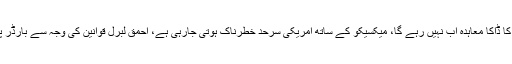
امریکی صدر نے کہا کہ امیگرنٹس کا ڈاکا معاہدہ اب نہیں رہے گا، میکسیکو کے ساتھ امریکی سرحد خطرناک ہوتی جارہی ہے، احمق لبرل قوانین کی وجہ سے بارڈر پیٹرول ایجنٹ کام نہیں کرپارہے ہیں۔